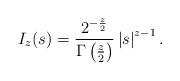
LaTeX: \begin{align*}I_{z}(s)=\frac{2^{-\frac{z}{2}}}{\Gamma \left( \frac{z}{2}\right) }\left\vert s\right\vert ^{z-1}. \end{align*}